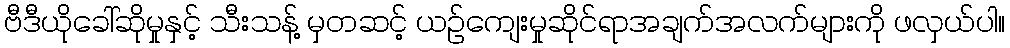
ဗီဒီယိုခေါ်ဆိုမှုနှင့် သီးသန့် မှတဆင့် ယဉ်ကျေးမှုဆိုင်ရာအချက်အလက်များကို ဖလှယ်ပါ။